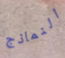
النماذج